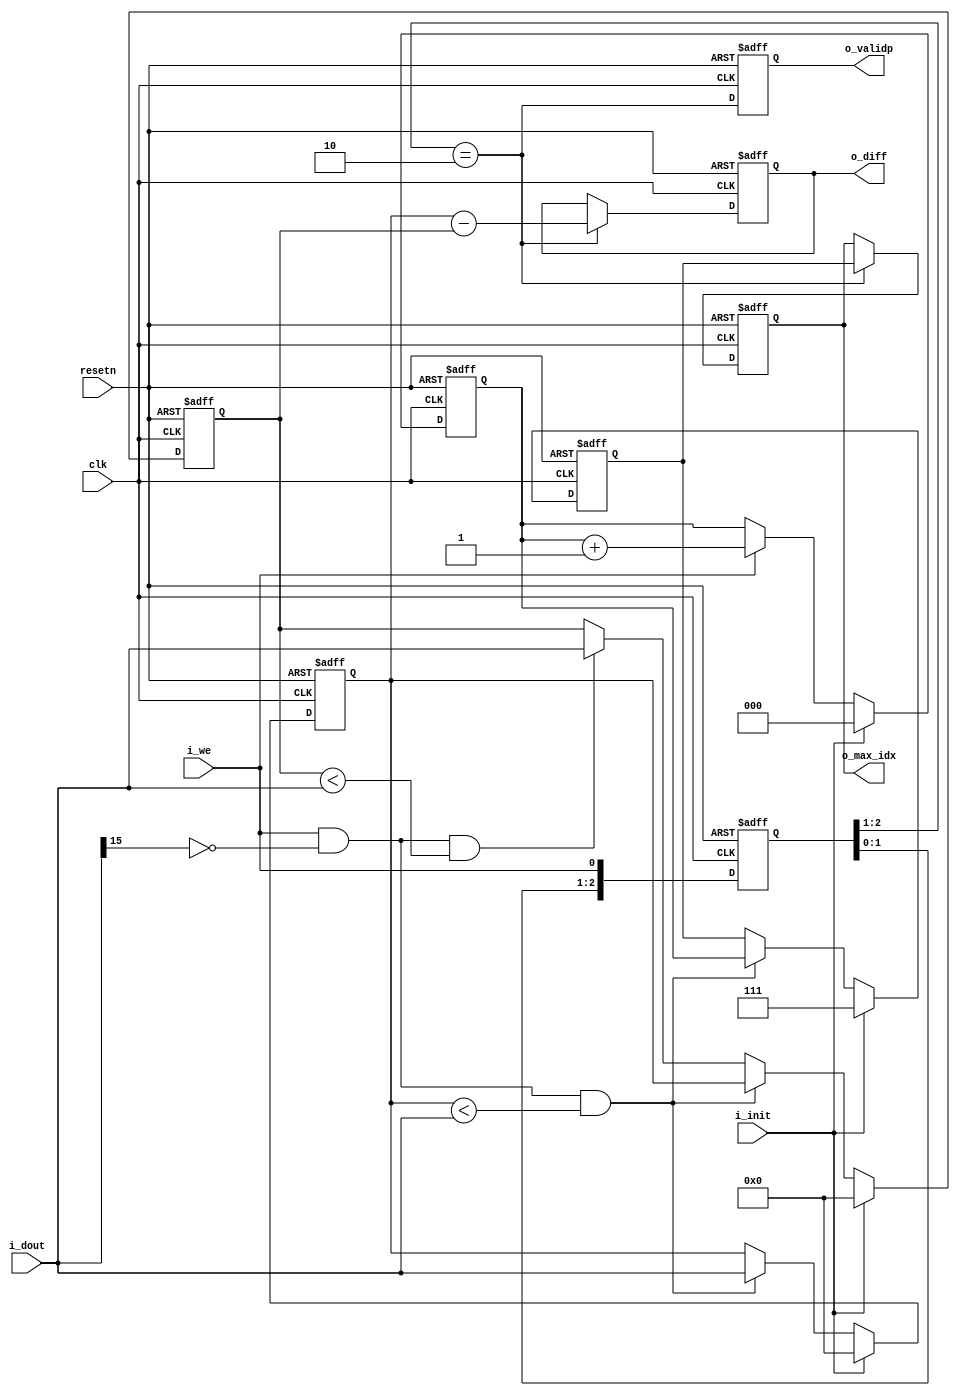
module audio_post (
input            clk       , // 
input            i_init    , // 
input            i_we      , // 
input     [15:0] i_dout    , // 
output reg[15:0] o_diff    , // diff between 1st and 2nd max value
output reg[2:0]  o_max_idx , // index of maxium value, 111 is invalid 
output reg       o_validp  , // one cycle pulse for further processing
input            resetn
);

reg	[2:0]	r_max_idx;
reg	[15:0]	r_1st_max_value;
reg	[15:0]	r_2nd_max_value;

reg	[2:0]	idx_cnt;
reg	[2:0]	r_we_d;

always @(posedge clk or negedge resetn)
begin
    if(resetn == 1'b0)
	r_we_d <= 2'b0;
    else
	r_we_d <= {r_we_d[1:0], i_we};
end

always @(posedge clk or negedge resetn)
begin
    if(resetn == 1'b0)
	idx_cnt <= 3'b0;
    else if(i_init)
	idx_cnt <= 3'b0;
    else if(i_we)
	idx_cnt <= idx_cnt + 3'd1;
end

always @(posedge clk or negedge resetn)
begin
    if(resetn == 1'b0) begin
	r_1st_max_value <= 16'b0; // consider positive value only for max
	r_2nd_max_value <= 16'b0;
	r_max_idx       <= 3'b111; // invalid idx
    end else if(i_init == 1'b1) begin
	r_1st_max_value <= 16'b0; // consider positive value only for max
	r_2nd_max_value <= 16'b0;
	r_max_idx       <= 3'b111; // invalid idx
    end else if(i_we && (!i_dout[15]) && (r_1st_max_value < i_dout)) begin
	r_1st_max_value <= i_dout;
        r_2nd_max_value <= r_1st_max_value;
	r_max_idx       <= idx_cnt;
    end else if(i_we && (!i_dout[15]) && (r_2nd_max_value < i_dout)) begin
        r_2nd_max_value <= i_dout;
    end
end

always @(posedge clk or negedge resetn)
begin
    if(resetn == 1'b0) begin
	o_diff    <= 16'b0;
	o_max_idx <= 3'b111;
    end else if(r_we_d[2:1] == 2'b10) begin // falling edge
	o_diff    <= (r_1st_max_value - r_2nd_max_value);
	o_max_idx <= r_max_idx;
    end
end

always @(posedge clk or negedge resetn)
begin
    if(resetn == 1'b0)
	o_validp <= 1'b0;
    else
	o_validp <= (r_we_d[2:1] == 2'b10);
end

endmodule